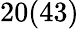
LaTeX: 20(43)